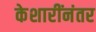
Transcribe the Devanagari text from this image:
केशारींनंतर